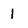
Character: 1